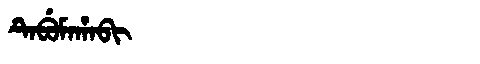
Manchu: ᡨᡝᠪᡠᠮᠠᡥᠠᠪᡳ
Romanization: TEBUMAHABI